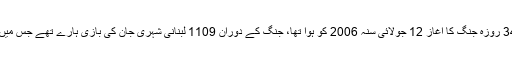
غیر ملکی خبر رساں اداروں کا کہنا تھا کہ لبنان اور اسرائیل کے درمیان ہونے والی 34 روزہ جنگ کا آغاز 12 جولائی سنہ 2006 کو ہوا تھا، جنگ کے دوران 1109 لبنانی شہری جان کی بازی ہارے تھے جس میں سے 4 ہزار 399 عام لبنانی شہری تھے،جبکہ 10 لاکھ افراد بے گھر ہوگئے تھے۔